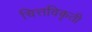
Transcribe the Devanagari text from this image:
चित्तविकृती